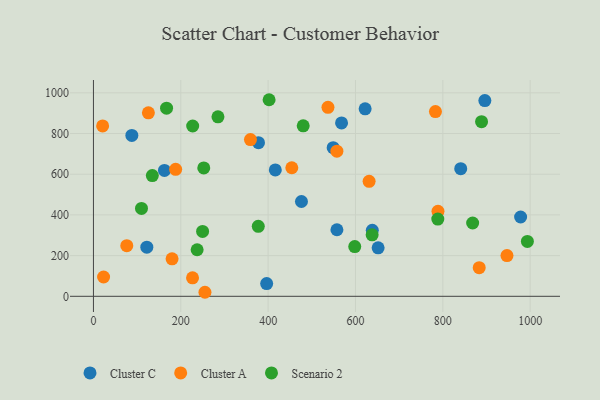
{"axis": {"x": "Ad Spend", "y": "Yield"}, "legend": ["Cluster A", "Cluster C", "Scenario 2"], "data": [{"x": "638.5", "y": 324.7, "type": "Cluster C"}, {"x": "841.0", "y": 627.2, "type": "Cluster C"}, {"x": "396.6", "y": 62.7, "type": "Cluster C"}, {"x": "122.2", "y": 241.6, "type": "Cluster C"}, {"x": "377.9", "y": 755.2, "type": "Cluster C"}, {"x": "568.1", "y": 852.1, "type": "Cluster C"}, {"x": "162.6", "y": 618.5, "type": "Cluster C"}, {"x": "651.8", "y": 238.3, "type": "Cluster C"}, {"x": "557.5", "y": 327.2, "type": "Cluster C"}, {"x": "978.1", "y": 389.8, "type": "Cluster C"}, {"x": "416.4", "y": 621.1, "type": "Cluster C"}, {"x": "87.9", "y": 790.7, "type": "Cluster C"}, {"x": "476.3", "y": 465.9, "type": "Cluster C"}, {"x": "622.1", "y": 921.3, "type": "Cluster C"}, {"x": "896.2", "y": 962.2, "type": "Cluster C"}, {"x": "548.9", "y": 730.7, "type": "Cluster C"}, {"x": "783.1", "y": 908.0, "type": "Cluster A"}, {"x": "537.0", "y": 928.9, "type": "Cluster A"}, {"x": "359.5", "y": 770.1, "type": "Cluster A"}, {"x": "454.2", "y": 631.8, "type": "Cluster A"}, {"x": "76.3", "y": 248.6, "type": "Cluster A"}, {"x": "188.2", "y": 624.0, "type": "Cluster A"}, {"x": "255.3", "y": 19.8, "type": "Cluster A"}, {"x": "557.4", "y": 713.3, "type": "Cluster A"}, {"x": "21.0", "y": 837.2, "type": "Cluster A"}, {"x": "180.0", "y": 184.3, "type": "Cluster A"}, {"x": "788.9", "y": 417.6, "type": "Cluster A"}, {"x": "23.2", "y": 94.8, "type": "Cluster A"}, {"x": "883.3", "y": 140.7, "type": "Cluster A"}, {"x": "125.8", "y": 901.8, "type": "Cluster A"}, {"x": "946.9", "y": 200.0, "type": "Cluster A"}, {"x": "226.9", "y": 90.9, "type": "Cluster A"}, {"x": "631.2", "y": 565.2, "type": "Cluster A"}, {"x": "377.4", "y": 343.9, "type": "Scenario 2"}, {"x": "285.1", "y": 882.0, "type": "Scenario 2"}, {"x": "134.8", "y": 593.2, "type": "Scenario 2"}, {"x": "402.2", "y": 966.2, "type": "Scenario 2"}, {"x": "888.7", "y": 858.3, "type": "Scenario 2"}, {"x": "252.6", "y": 631.0, "type": "Scenario 2"}, {"x": "480.3", "y": 837.9, "type": "Scenario 2"}, {"x": "249.9", "y": 318.7, "type": "Scenario 2"}, {"x": "638.1", "y": 302.3, "type": "Scenario 2"}, {"x": "167.4", "y": 924.9, "type": "Scenario 2"}, {"x": "227.2", "y": 837.1, "type": "Scenario 2"}, {"x": "993.6", "y": 269.9, "type": "Scenario 2"}, {"x": "237.4", "y": 228.7, "type": "Scenario 2"}, {"x": "598.3", "y": 244.2, "type": "Scenario 2"}, {"x": "788.5", "y": 379.7, "type": "Scenario 2"}, {"x": "868.3", "y": 360.4, "type": "Scenario 2"}, {"x": "110.0", "y": 431.8, "type": "Scenario 2"}]}